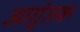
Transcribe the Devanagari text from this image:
आगुंतक